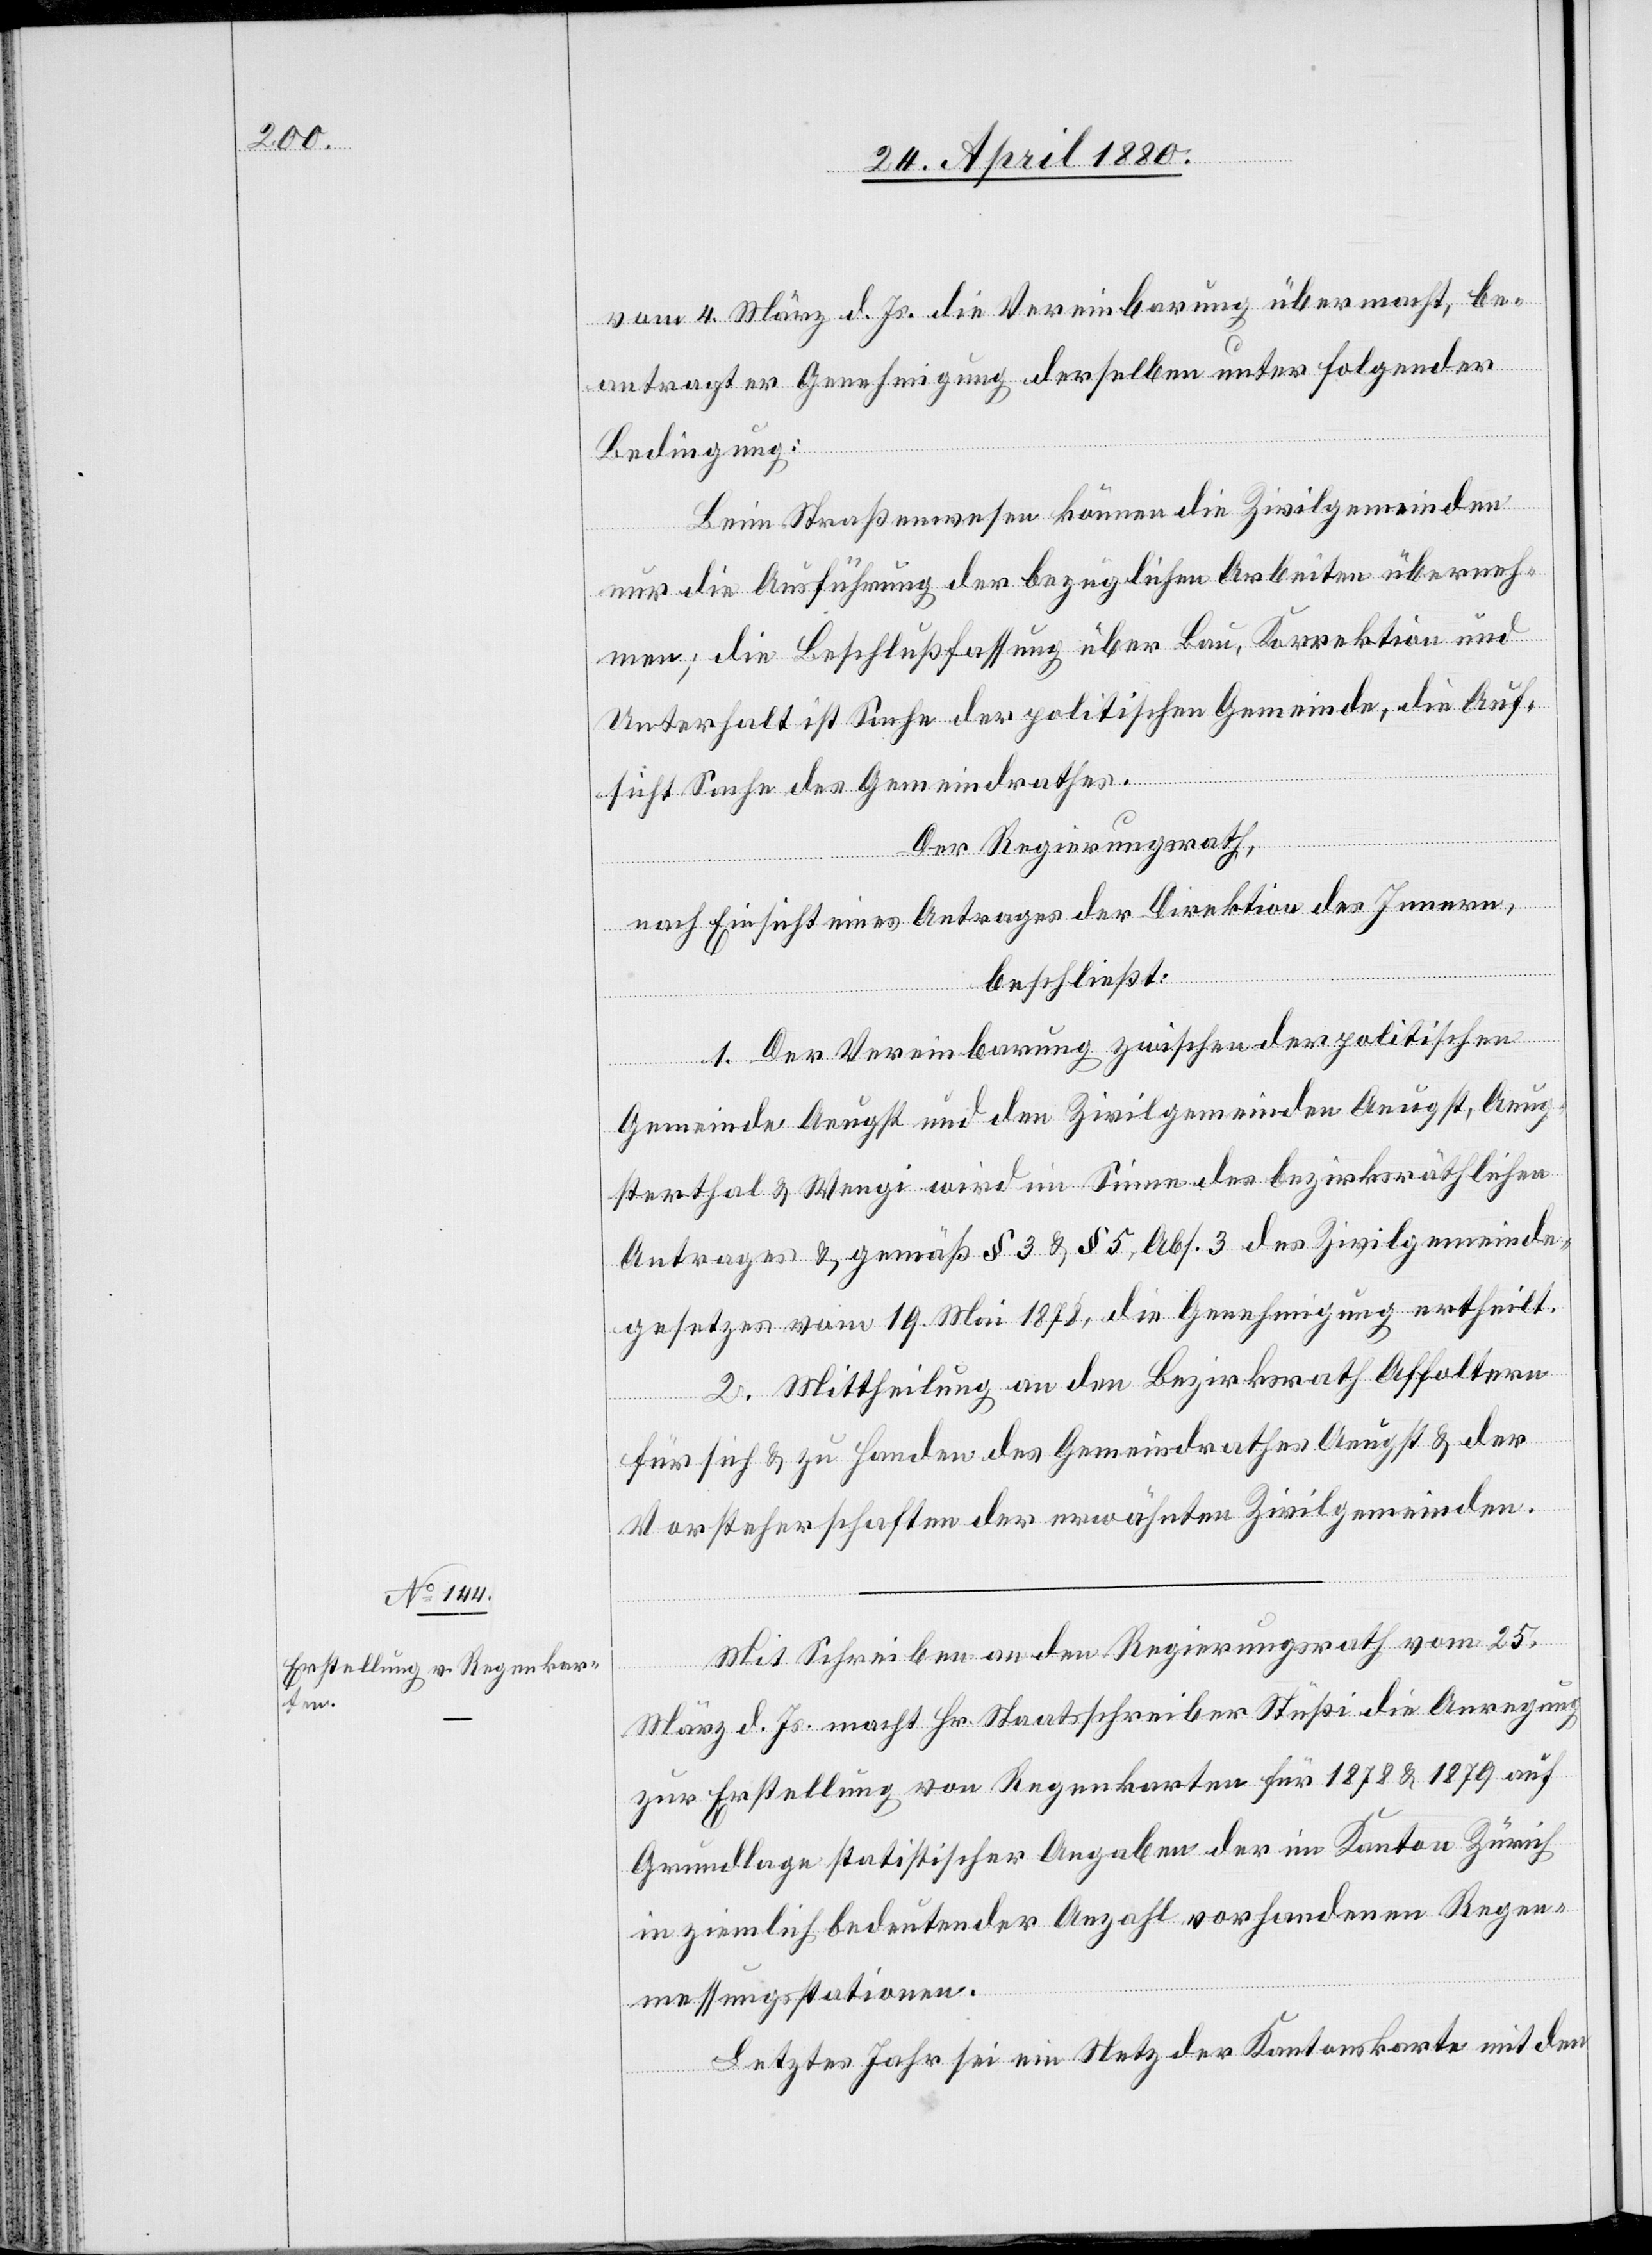
vom 4. März d. Js. die Vereinbarung übermacht, be¬
antragt er Genehmigung derselben unter folgender
Bedingung:
Beim Straßenwesen können die Zivilgemeinden
nur die Ausführung der bezüglichen Arbeiten überneh¬
men; die Beschlußfassung über Bau, Korrektion und
Unterhalt ist Sache der politischen Gemeinde, die Auf¬
sicht Sache des Gemeindrathes.
Der Regierungsrath,
nach Einsicht eines Antrages der Direktion des Innern,
beschließt:
1. Der Vereinbarung zwischen der politischen
Gemeinde Aeugst und den Zivilgemeinden Aeugst, Aeug¬
sterthal & Wengi wird im Sinne des bezirksräthlichen
Antrages & gemäß § 3 & § 5 des Zivilgemeinde¬
gesetzes vom 19. Mai 1878, die Genehmigung ertheilt.
2. Mittheilung an den Bezirksrath Affoltern
für sich & zu Handen des Gemeindrathes Aeugst & der
Vorsteherschaften der erwähnten Zivilgemeinden.
Mit Schreiben an den Regierungsrath vom 25.
März d. Js. macht Hr. Staatsschreiber Stüßi die Anregung
zur Erstellung von Regenkarten für 1878 & 1879 auf
Grundlage statistischer Angaben der im Kanton Zürich
in ziemlich bedeutender Anzahl vorhandenen Regen¬
messungsstationen.
Letztes Jahr sei ein Netz der Kantonskarte mit den